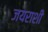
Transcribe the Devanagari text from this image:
जयराशी